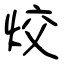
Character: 烄